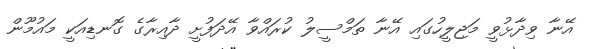
އޭނާ ވިދާޅުވީ މަޖިލީހުގައި އޭނާ ތަމްސީލު ކުރައްވާ އޭދަފުށީ ދާއިރާގެ ގޮނޑިއަކީ މައުމޫން